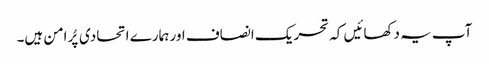
آپ یہ دکھائیں کہ تحریک انصاف اور ہمارے اتحادی پُرامن ہیں۔